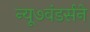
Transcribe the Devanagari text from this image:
न्यू७वंडर्सने